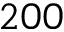
2 0 0